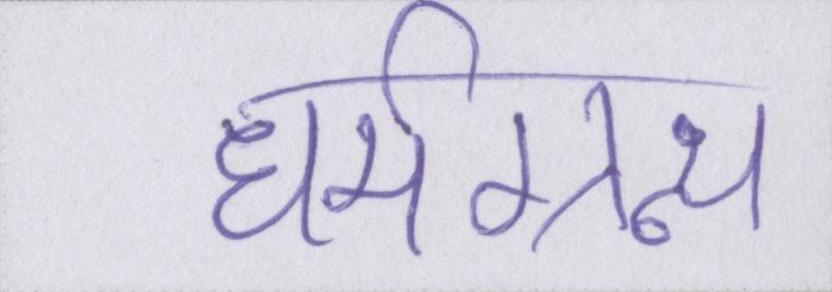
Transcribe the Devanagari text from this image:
धर्मग्रन्थ